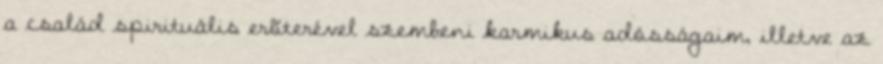
a család spirituális erõterével szembeni karmikus adósságaim, illetve az